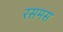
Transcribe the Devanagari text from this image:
रसमस